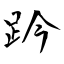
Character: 趻